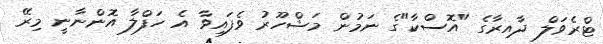
ޓްރެވަލް ދާއިރާގެ "އޮސްކާ"ގެ ނަމުން މަޝްހޫރު ވެފައިވާ އެ ހަފްލާ އޮންނާނީ މިރޭ